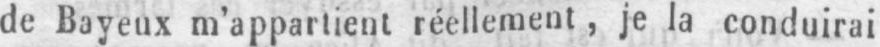
de Bayeux m’appartient réellement, je la conduirai